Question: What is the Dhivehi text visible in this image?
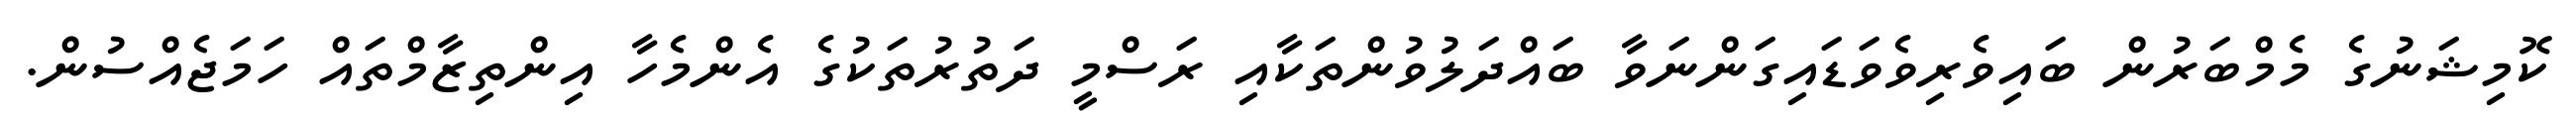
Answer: ކޮމިޝަނުގެ މެމްބަރުން ބައިވެރިވެވަޑައިގަންނަވާ ބައްދަލުވުންތަކާއި ރަސްމީ ދަތުރުތަކުގެ އެންމެހާ އިންތިޒާމްތައް ހަމަޖެއްސުން.